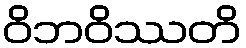
ဝိဘဝိဿတိ